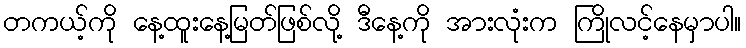
တကယ့်ကို နေ့ထူးနေ့မြတ်ဖြစ်လို့ ဒီနေ့ကို အားလုံးက ကြိုလင့်နေမှာပါ။